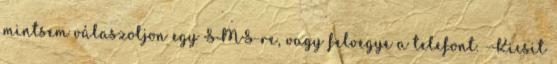
mintsem válaszoljon egy SMS-re, vagy felvegye a telefont. -Kicsit